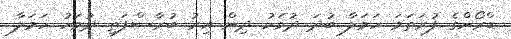
ޑްރޯންގެ ފުރަތަމަ ހަމަލާ ބުދަ ދުވަހު ދިން އިރު ބުރާސްފަތި ދުވަހު ހަމަލާ